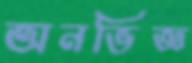
অনভিজ্ঞ